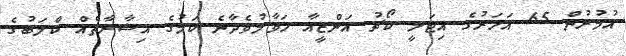
އުމުރުން 65 އަހަރުގެ އިޓަލީ ކޯޗު އަންޒީއާ ހަވާލުވެދާނެ ކަމުގެ އިޝާރާތެއް ކްލަބުގެ